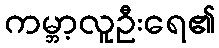
ကမ္ဘာ့လူဦးရေ၏